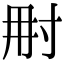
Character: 𡬥